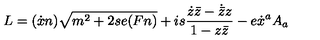
L = ( \dot { x } n ) \sqrt { m ^ { 2 } + 2 s e ( F n ) } + i s \frac { \dot { z } \bar { z } - \dot { \bar { z } } z } { 1 - z \bar { z } } - e \dot { x } ^ { a } A _ { a }